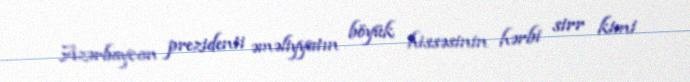
Azərbaycan prezidenti əməliyyatın böyük hissəsinin hərbi sirr kimi